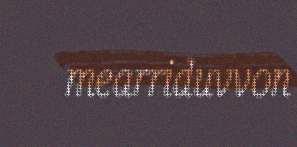
mearriduvvon